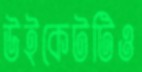
উইকেটটিও